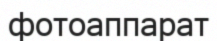
фотоаппарат